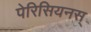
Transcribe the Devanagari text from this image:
पेरिसियनस्